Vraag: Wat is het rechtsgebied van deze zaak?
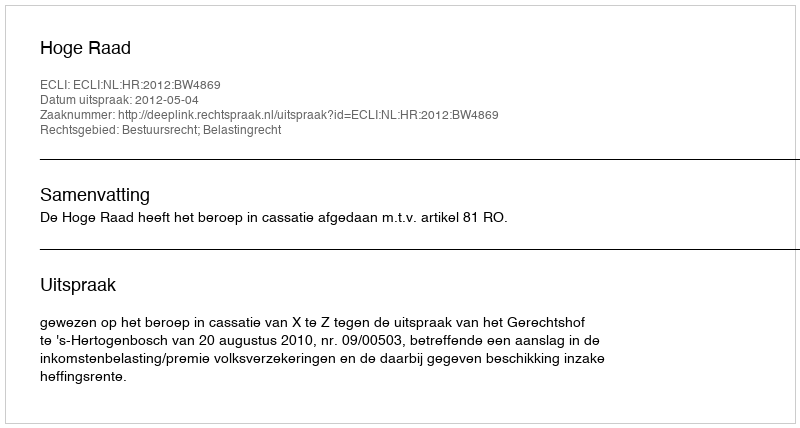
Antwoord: Bestuursrecht; Belastingrecht